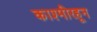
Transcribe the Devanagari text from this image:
काश्मीरहून